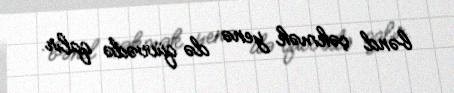
bənd çəkmək yenə də qüvvədə qalır.